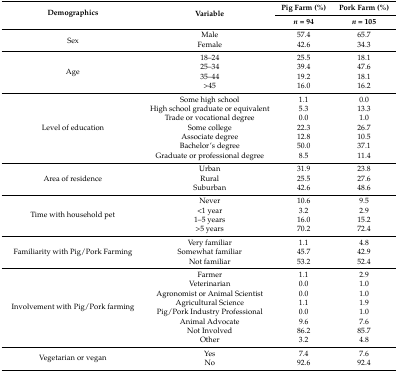
| <ROWSPAN=2> Demographics | <ROWSPAN=2> Variable | Pig Farm (%) | Pork Farm (%) |
 | n = 94 | n = 105 |
 | --- | --- | --- | --- |
 | <ROWSPAN=2> Sex | Male | 57.4 | 65.7 |
 | Female | 42.6 | 34.3 |
 | <ROWSPAN=4> Age | 18–24 | 25.5 | 18.1 |
 | 25–34 | 39.4 | 47.6 |
 | 35–44 | 19.2 | 18.1 |
 | >45 | 16.0 | 16.2 |
 | <ROWSPAN=7> Level of education | Some high school | 1.1 | 0.0 |
 | High school graduate or equivalent | 5.3 | 13.3 |
 | Trade or vocational degree | 0.0 | 1.0 |
 | Some college | 22.3 | 26.7 |
 | Associate degree | 12.8 | 10.5 |
 | Bachelor’s degree | 50.0 | 37.1 |
 | Graduate or professional degree | 8.5 | 11.4 |
 | <ROWSPAN=3> Area of residence | Urban | 31.9 | 23.8 |
 | Rural | 25.5 | 27.6 |
 | Suburban | 42.6 | 48.6 |
 | <ROWSPAN=4> Time with household pet | Never | 10.6 | 9.5 |
 | <1 year | 3.2 | 2.9 |
 | 1–5 years | 16.0 | 15.2 |
 | >5 years | 70.2 | 72.4 |
 | <ROWSPAN=3> Familiarity with Pig/Pork Farming | Very familiar | 1.1 | 4.8 |
 | Somewhat familiar | 45.7 | 42.9 |
 | Not familiar | 53.2 | 52.4 |
 | <ROWSPAN=8> Involvement with Pig/Pork farming | Farmer | 1.1 | 2.9 |
 | Veterinarian | 0.0 | 1.0 |
 | Agronomist or Animal Scientist | 0.0 | 1.0 |
 | Agricultural Science | 1.1 | 1.9 |
 | Pig/Pork Industry Professional | 0.0 | 1.0 |
 | Animal Advocate | 9.6 | 7.6 |
 | Not Involved | 86.2 | 85.7 |
 | Other | 3.2 | 4.8 |
 | <ROWSPAN=2> Vegetarian or vegan | Yes | 7.4 | 7.6 |
 | No | 92.6 | 92.4 |